Civil Veterinary Department. United Provinces 1912-22 - 1912-1922
Year: 1912
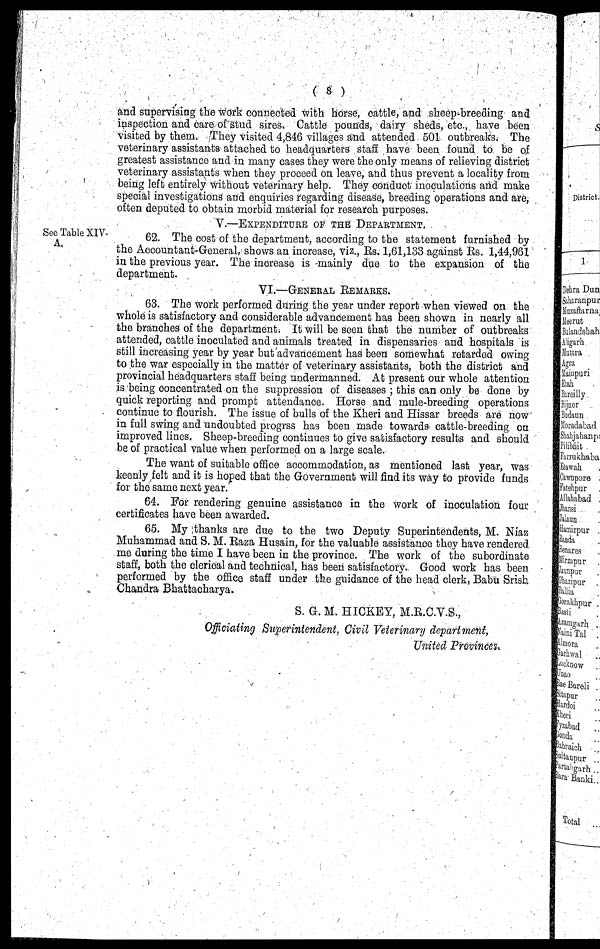
( 8 )
and supervising the work connected with horse, cattle, and sheep-breeding and
inspection and care of stud sires. Cattle pounds, dairy sheds, etc, have been
visited by them. They visited 4,846 villages and attended 501 outbreaks. The
veterinary assistants attached to headquarters staff have been found to be of
greatest assistance and in many cases they were the only means of relieving district
veterinary assistants when they proceed on leave, and thus prevent a locality from
being left entirely without veterinary help. They conduct inoculations and make
special investigations and enquiries regarding disease, breeding operations and are,
often deputed to obtain morbid material for research purposes.
V.—EXPENDITURE OF THE DEPARTMENT.
See Table XIV-
A.
62. The cost of the department, according to the statement furnished by
the Accountant-General, shows an increase, viz., Rs. 1,61,133 against Rs. 1,44,961
in the previous year. The increase is mainly due to the expansion of the
department.
VI.—GENERAL REMARKS.
63. The work performed during the year under report when viewed on the
whole is satisfactory and considerable advancement has been shown in nearly all
the branches of the department. It will be seen that the number of outbreaks
attended, cattle inoculated and animals treated in dispensaries and hospitals is
still increasing year by year but advancement has been somewhat retarded owing
to the war especially in the matter of veterinary assistants, both the district and
provincial headquarters staff being undermanned. At present our whole attention
is being concentrated on the suppression of diseases ; this can only be done by
quick reporting and prompt attendance. Horse and mule-breeding operations
continue to flourish. The issue of bulls of the Kheri and Hissar breeds are now
in full swing and undoubted progrss has been made towards cattle-breeding on
improved lines. Sheep-breeding continues to give satisfactory results and should
be of practical value when performed on a large scale.
The want of suitable office accommodation, as mentioned last year, was
keenly felt and it is hoped that the Government will find its way to provide funds
for the same next year.
64. For rendering genuine assistance in the work of inoculation four
certificates have been awarded.
65. My thanks are due to the two Deputy Superintendents, M. Niaz
Muhammad and S. M. Raza Husain, for the valuable assistance they have rendered
me during the time I have been in the province. The work of the subordinate
staff, both the clerical and technical, has been satisfactory. Good work has been
performed by the office staff under the guidance of the head clerk, Babu Srish
Chandra Bhattacharya.
S. G. M. HICKEY, M.R.C.V.S.,
Officiating Superintendent, Civil Veterinary department,
United Provinces*